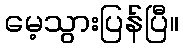
မေ့သွားပြန်ပြီ။